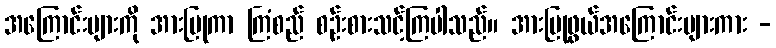
အကြောင်းများကို အားပြုကာ ကြံစည် စဉ်းစားသင့်ကြပါသည်။ အားပြုဖွယ်အကြောင်းများကား -